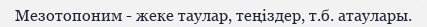
Мезотопоним - жеке таулар, теңіздер, т.б. атаулары.